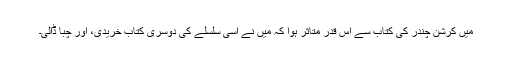
میں کرشن چندر کی کتاب سے اس قدر متاثر ہوا کہ میں نے اسی سلسلے کی دوسری کتاب خریدی، اور چبا ڈالی۔